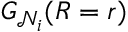
G _ { \mathcal { N } _ { i } } ( R = r )